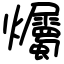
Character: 爥